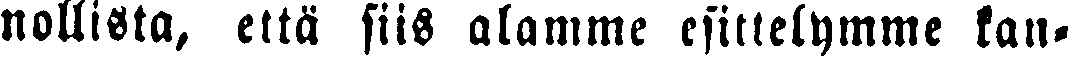
nollista, että siis alamme esittelymme kan-